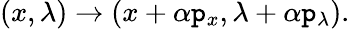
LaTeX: (x,\lambda)\to(x+\alpha\mathtt{p}_{x},\lambda+\alpha\mathtt{p}_{\lambda}).